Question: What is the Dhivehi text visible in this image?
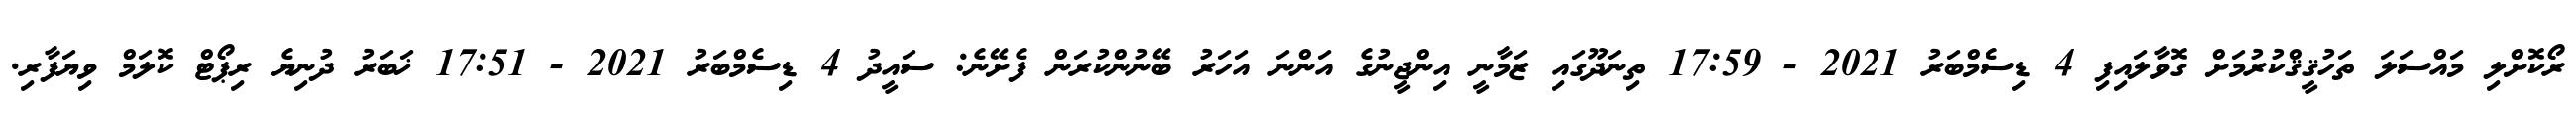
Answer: ރޯކޮށްލި މައްސަލަ ތަހުޤީޤްކުރުމަށް ގޮވާލައިފި 4 ޑިސެމްބަރު 2021 - 17:59 ތިނަދޫގައި ޒަމާނީ އިންޖީނުގެ އަންނަ އަހަރު ބޭނުންކުރަން ފެށޭނެ: ސައީދު 4 ޑިސެމްބަރު 2021 - 17:51 ޚަބަރު ދުނިޔެ ރިޕޯޓް ކޮލަމް ވިޔަފާރި.